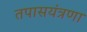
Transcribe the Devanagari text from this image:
तपासयंत्रणा